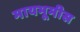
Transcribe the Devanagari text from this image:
मायभूमीस